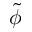
\tilde { \phi }